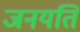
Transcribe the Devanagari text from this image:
जनयति